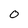
Character: 0